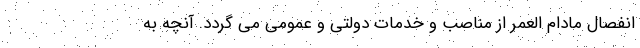
انفصال مادام العمر از مناصب و خدمات دولتی و عمومی می گردد. آنچه به